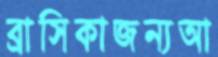
ব্রাসিকাজন্যআ